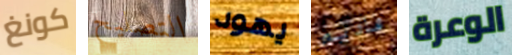
كونغ التصليح يهود فاديم الوعرة